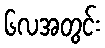
၆လအတွင်း